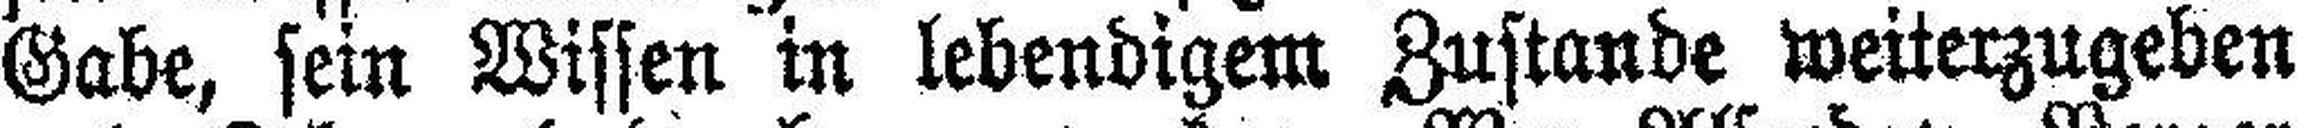
Gabe, sein Wissen in lebendigem Zustande weiterzugeben